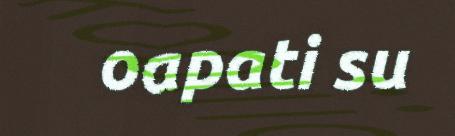
oapati su